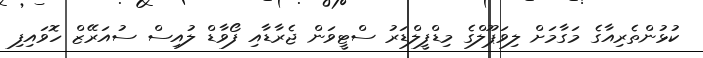
ކުޅުންތެރިއާގެ މަގާމަށް ލިވަޕޫލްގެ މިޑްފީލްޑަރު ސްޓީވަން ޖެރާޑާއި ފޯވާޑް ލުއިސް ސުއަރޭޒް ހޮވައިފި